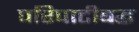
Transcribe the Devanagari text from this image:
परिपाटीबद्ध